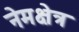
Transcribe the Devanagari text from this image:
नेमक्षेत्र